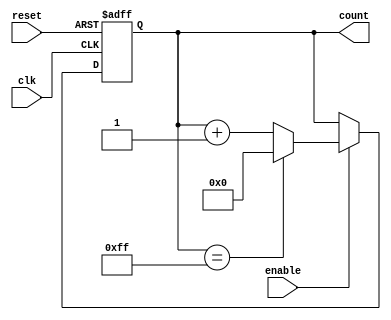
module ParameterizedCounter #(
    parameter WIDTH = 8,              // Number of bits in the counter
    parameter DIRECTION = "UP",       // Counting direction: "UP" or "DOWN"
    parameter MAX_COUNT = (1 << WIDTH) - 1 // Maximum count value
)(
    input wire clk,                   // Clock signal
    input wire reset,                 // Asynchronous reset signal
    input wire enable,                // Enable signal
    output reg [WIDTH-1:0] count      // Current count value
);

    // Determine if counting up or down
    localparam UP = 1'b0;
    localparam DOWN = 1'b1;
    wire direction = (DIRECTION == "UP") ? UP : DOWN;

    // Always block for counter operation
    always @(posedge clk or posedge reset) begin
        if (reset) begin
            count <= 0; // Reset the counter to zero
        end else if (enable) begin
            if (direction == UP) begin
                if (count == MAX_COUNT)
                    count <= 0; // Wrap around to zero
                else
                    count <= count + 1; // Increment the counter
            end else begin
                if (count == 0)
                    count <= MAX_COUNT; // Wrap around to MAX_COUNT
                else
                    count <= count - 1; // Decrement the counter
            end
        end
        // If enable is low, do nothing (count retains its value)
    end

endmodule